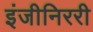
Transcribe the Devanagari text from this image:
इंजीनिररी